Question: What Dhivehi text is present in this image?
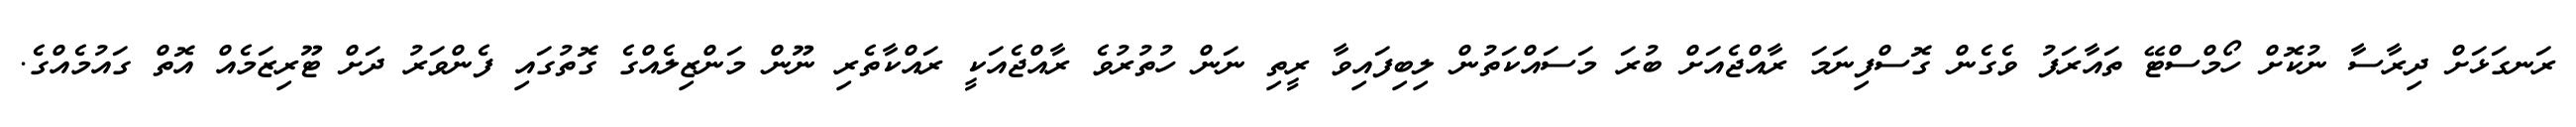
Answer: ރަނގަޅަށް ދިރާސާ ނުކޮށް ހޯމްސްޓޭ ތައާރަފު ވެގެން ގޮސްފިނަމަ ރާއްޖެއަށް ބުރަ މަސައްކަތުން ލިބިފައިވާ ރީތި ނަން ހުތުރުވެ ރާއްޖެއަކީ ރައްކާތެރި ނޫން މަންޒިލެއްގެ ގޮތުގައި ފެންވަރު ދަށް ޓޫރިޒަމެއް އޮތް ގައުމެއްގެ.